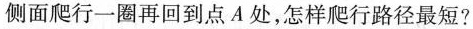
侧面爬行一圈再回到点A处，怎样爬行路径最短?